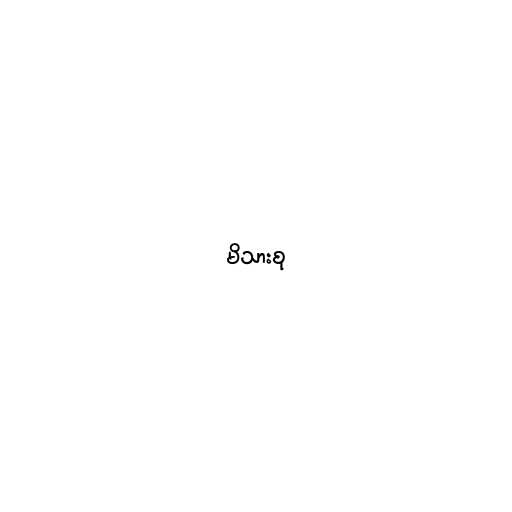
မိသားစု